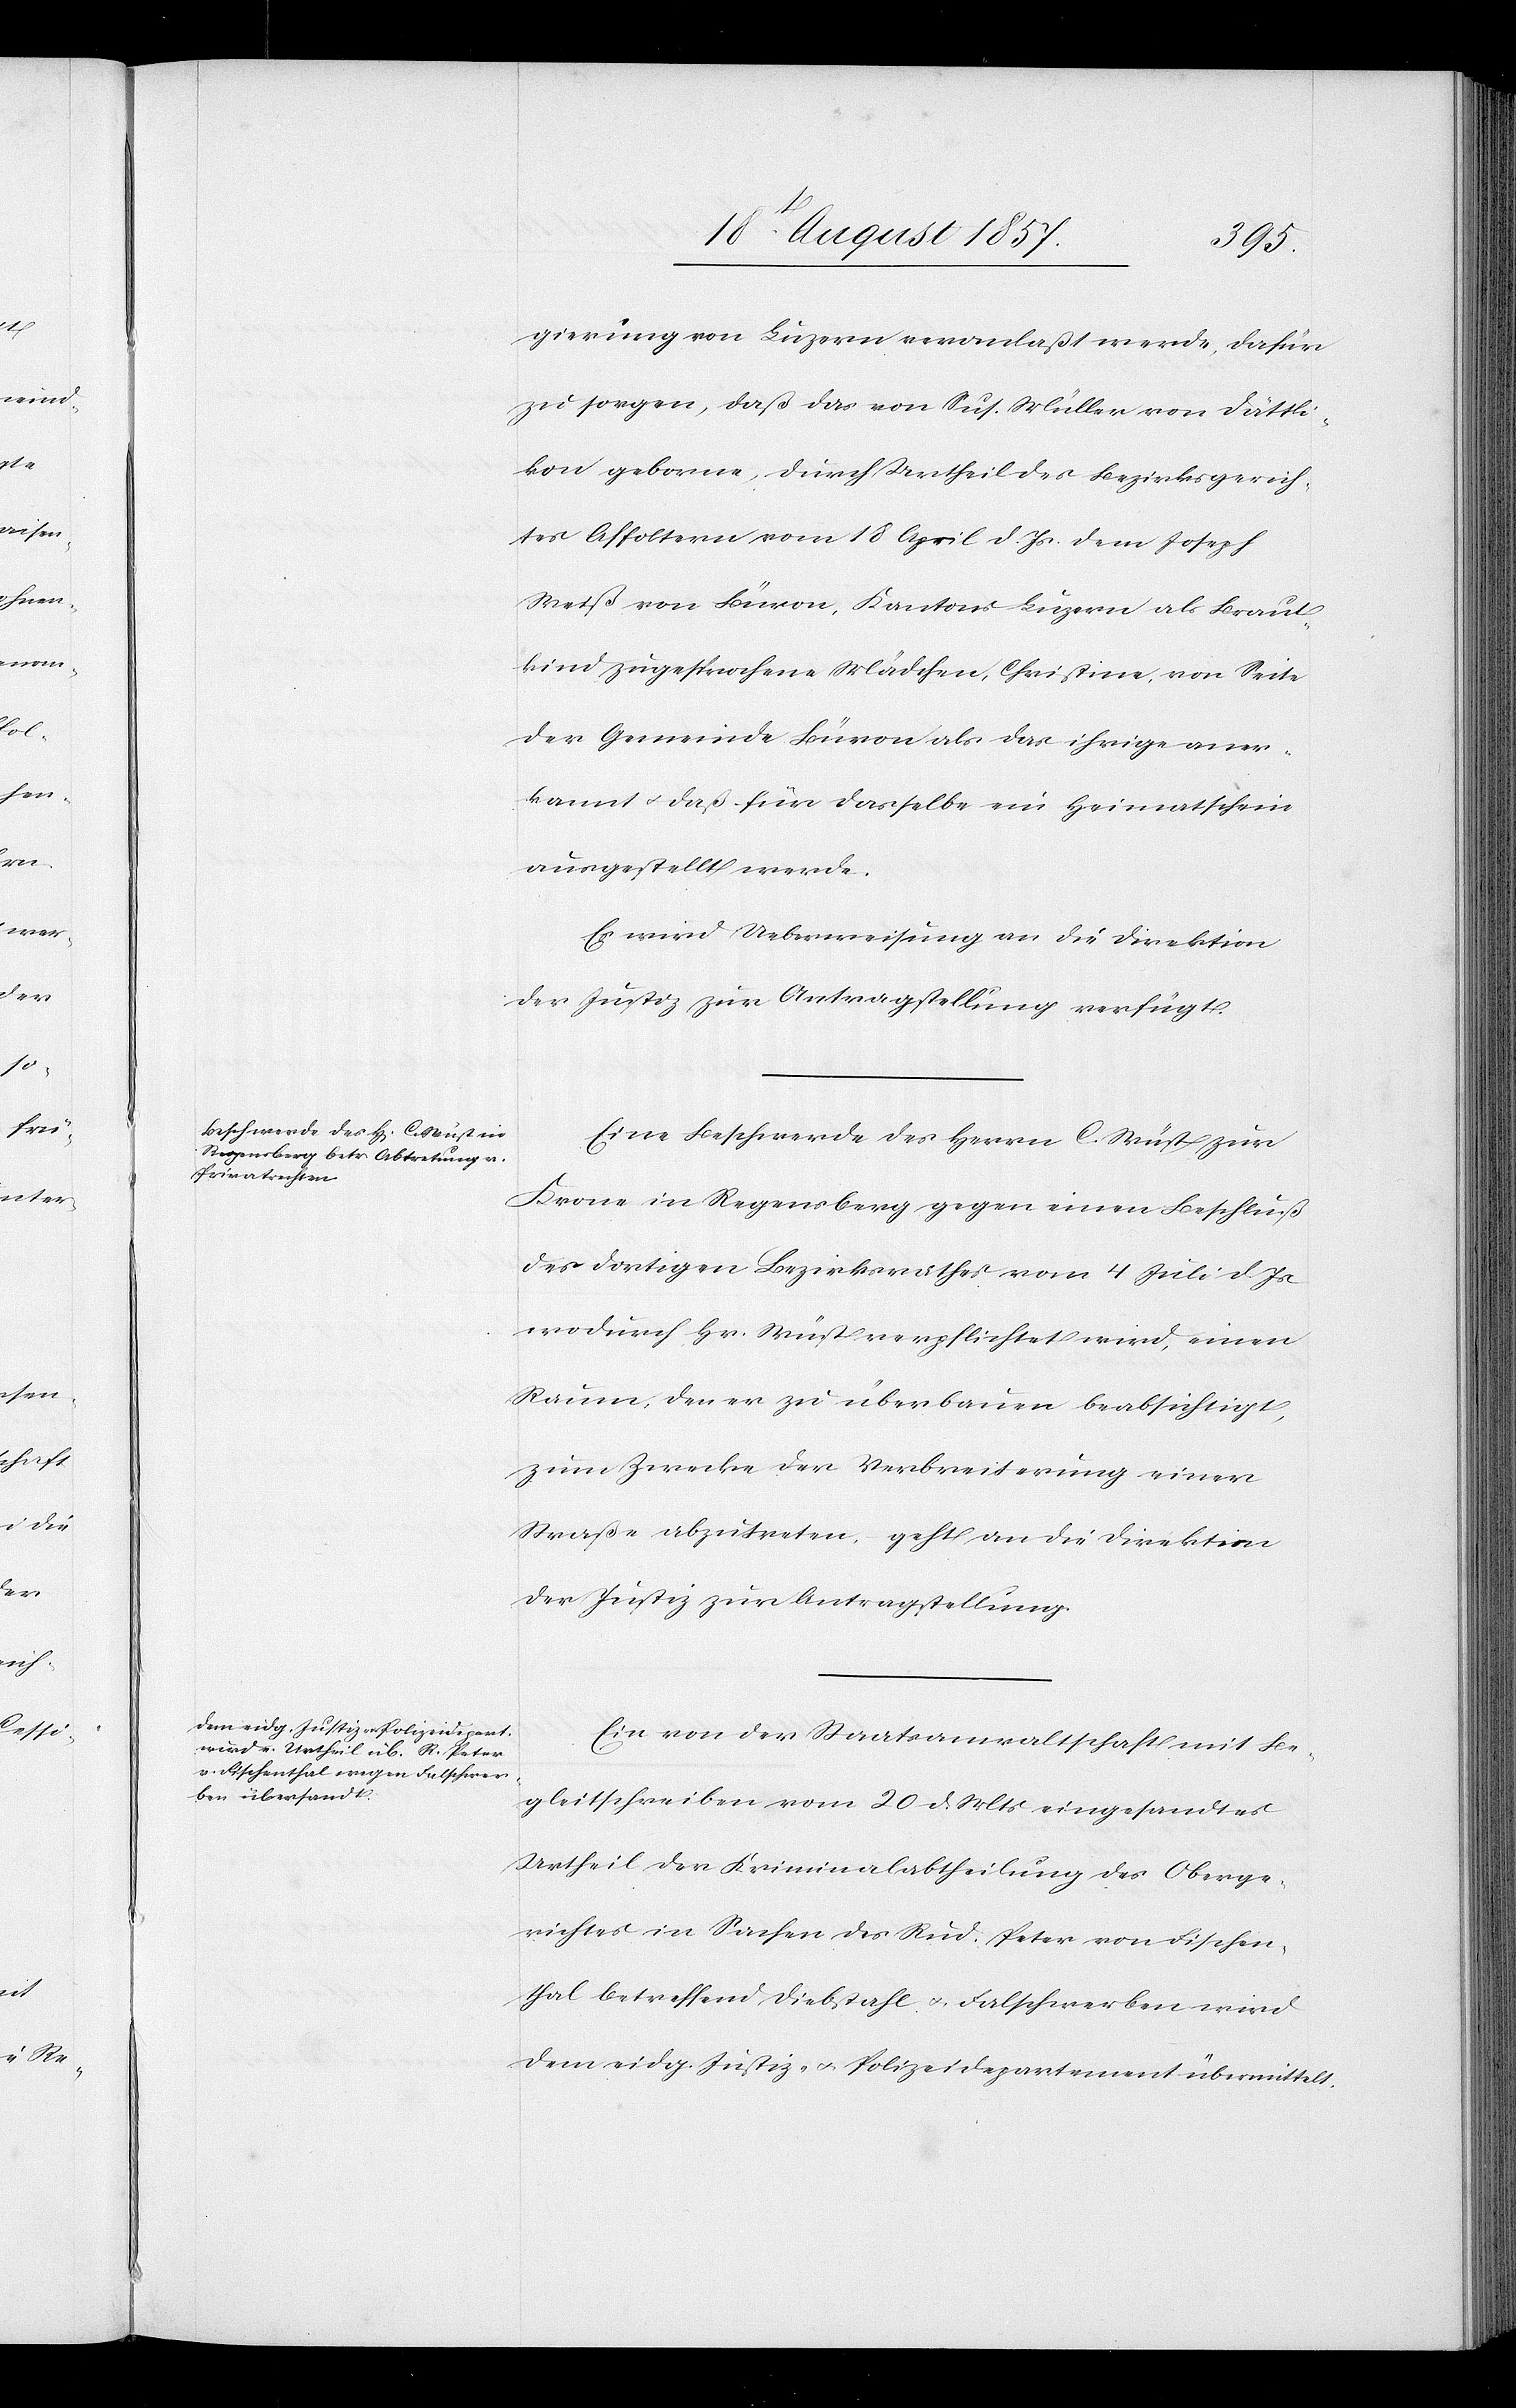
21t August 1857.]
den
gierung von Luzern veranlaßt werde, dafür
zu sorgen, daß das von Sus. Müller von Dättli¬
kon geborne, durch Urtheil des Bezirksgerich¬
tes Affoltern vom 18 April d. Js. dem Joseph
Weiß von Büron, Kantons Luzern als Braut¬
kind zugesprochene Mädchen, Christine, von Seite
der Gemeinde Büron als das ihrige aner¬
kannt & daß für dasselbe ein Heimatschein
ausgestellt werde.
Es wird Ueberweisung an die Direktion
der Justiz zur Antragstellung verfügt.
Eine Beschwerde des Herrn C. Wüst zur
Krone in Regensberg gegen einen Beschluß
des dortigen Bezirksrathes vom 4 Juli d. Js.
wodurch Hr. Wüst verpflichtet wird, einen
Raum, den er zu überbauen beabsichtigt,
zum Zwecke der Verbreiterung einer
Straße abzutreten, geht an die Direktion
der Justiz zur Antragstellung.
Ein von der Staatsanwaltschaft mit Be¬
gleitschreiben vom 20 d. Mts. eingesandtes
Urtheil der Kriminalabtheilung des Oberge¬
richtes in Sachen des Rud. Peter von Fischen¬
thal betreffend Diebstahl u. Falschwerben wird
dem eidg. Justiz- & Polizeidepartement übermittelt.